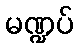
မဏ္ဍပ်